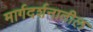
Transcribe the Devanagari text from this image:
मार्गदर्शनातील